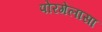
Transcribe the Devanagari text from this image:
पोरगेलासा